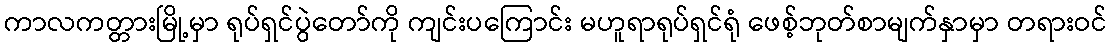
ကာလကတ္တားမြို့မှာ ရုပ်ရှင်ပွဲတော်ကို ကျင်းပကြောင်း မဟူရာရုပ်ရှင်ရုံ ဖေစ့်ဘုတ်စာမျက်နှာမှာ တရားဝင်